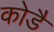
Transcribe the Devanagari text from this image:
कोडै